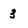
Character: 3